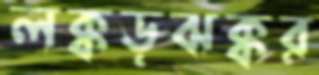
লক্কড়ঝক্কর